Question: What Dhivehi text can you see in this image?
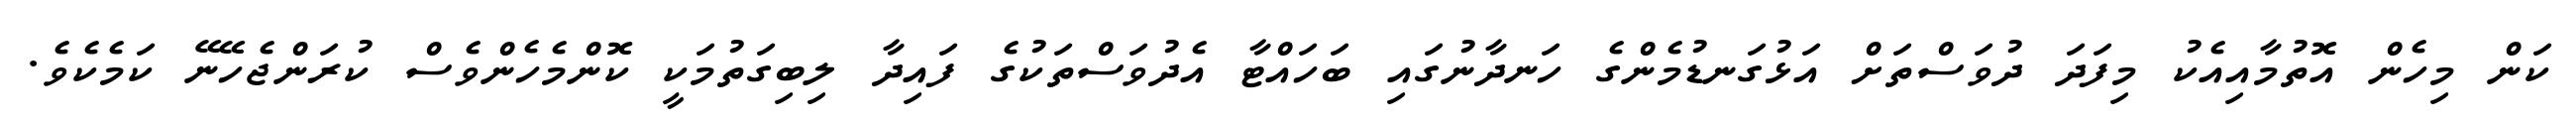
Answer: ކަން މިހެން އޮތުމާއިއެކު މިފަދަ ދުވަސްތަށް އަޅުގަނޑުމެންގެ ހަނދާނުގައި ބަހައްޓާ އެދުވަސްތަކުގެ ފައިދާ ލިބިގަތުމަކީ ކޮންމެހެންވެސް ކުރަންޖެހޭނޭ ކަމެކެވެ.